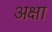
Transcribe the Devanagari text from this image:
अक्षा